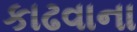
કાઢવાના